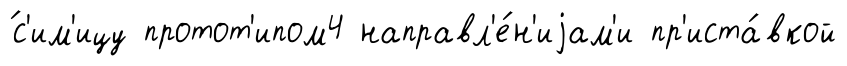
́с'им'ицу протот'ипом4 направл'е́н'иjам'и пр'иста́вкой